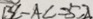
B C - A C = 5 2